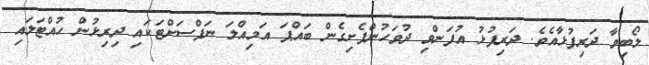
ލޯބިވާ ދަރިފުޅާއެވެ. ދަރިފުޅު އުފަންވި ދުވަހުންފެށިގެން ބައްޕަ އަމިއްލަ ނަފްސަށްޓަކައި ދިރިޅުން ހުއްޓަލައި